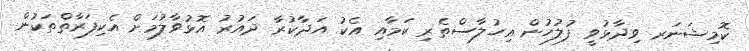
ކޮމިޝަނަރ ވިދާޅުވީ ފުލުހުން އިހުލާސްތެރި ކަމާއި އެކު އަދާކުރާ ދައުރު އޮޅުވާލުމަށް އެކިފަރާތްތަކުން